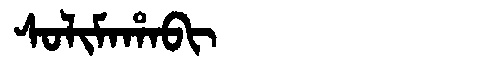
Manchu: ᠰᠣᠯᡳᠮᠠᡥᠠᠪᡳ
Romanization: SOLIMAHABI